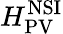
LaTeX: H_{\mathrm{PV}}^{\mathrm{NSI}}